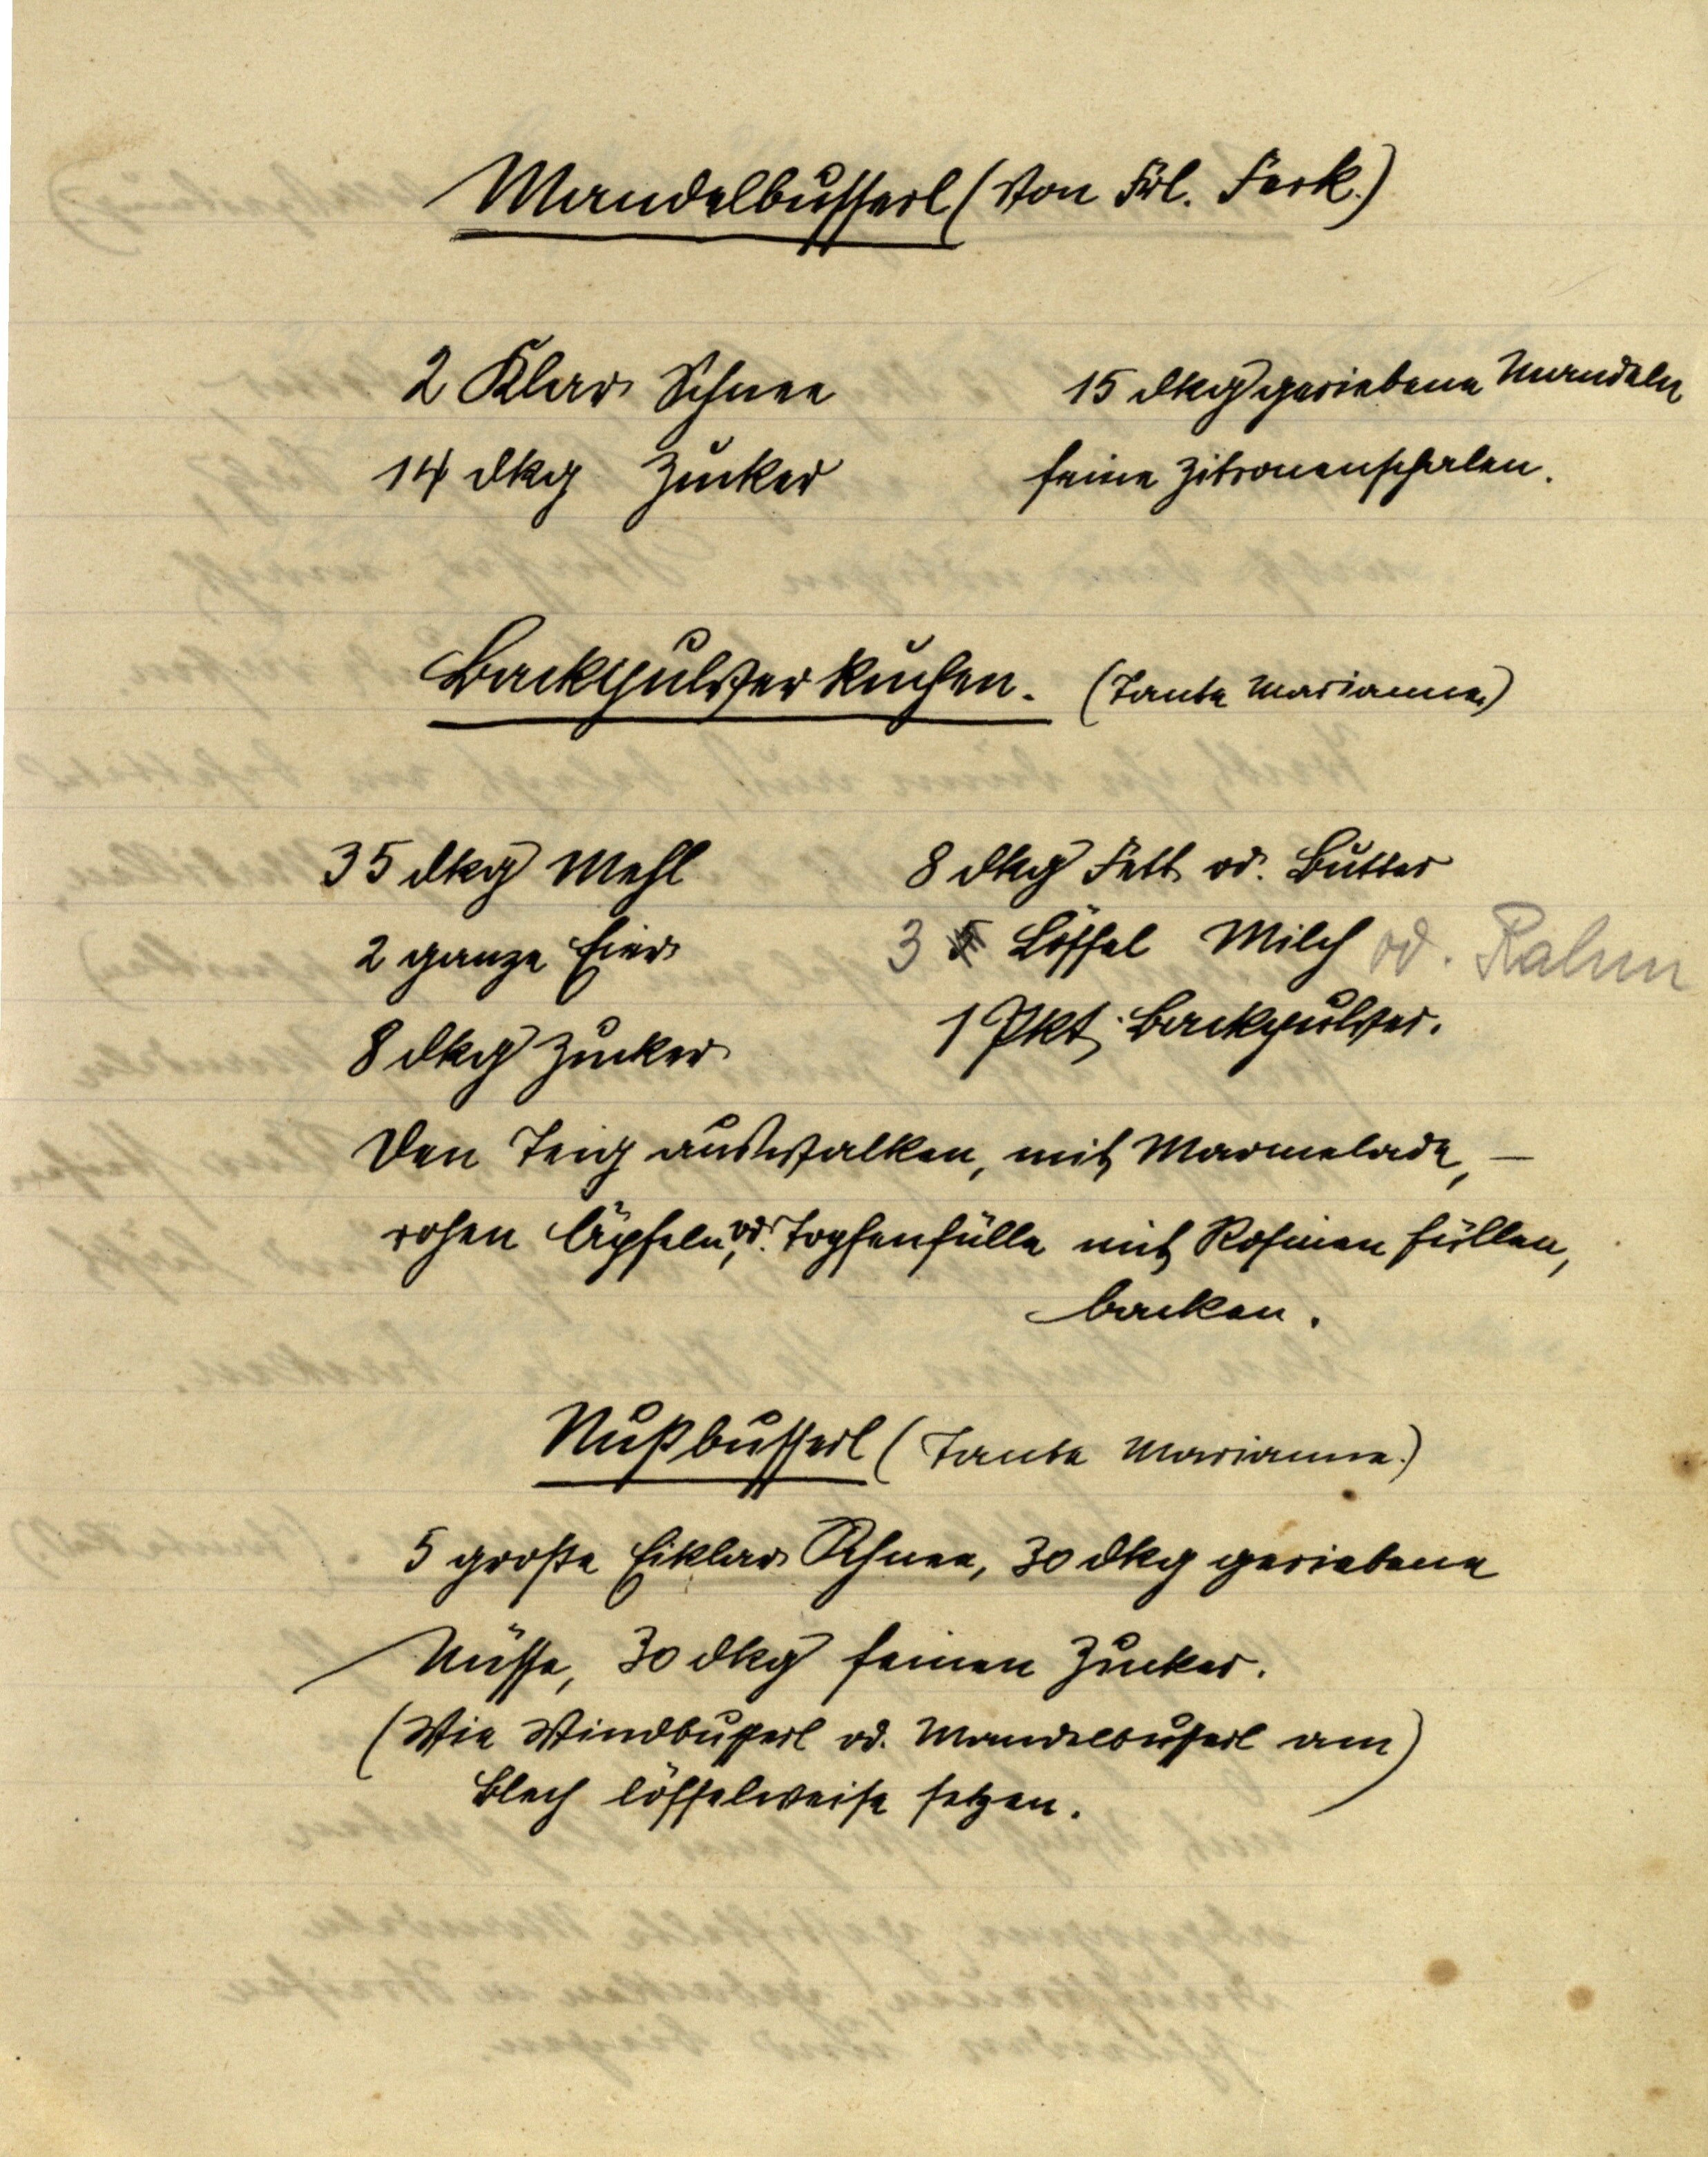
Mandelbusserl (Von Frl. Ferk.)

2 Klar Schnee
14 dkg Zucker

15 dkg geriebene Mandeln
feine Zitronenschalen

Backpulverkuchen. (Tante Marianne)

8 dkg Fett od. Butter
3 5 Löffel Milch od. Rahm
1 Pkt. Backpulver.

35 dkg Mehl
2 ganze Eier
8 dkg Zucker

Den Teig auswalken, mit Marmelade, —
rohen Äpfeln, od. Topfenfülle mit Rosinen füllen,
backen.

Nußbusserl (Tante Marianne.)
5 große Eiklar Schnee, 30 dkg geriebene
Nüsse, 30 dkg feinen Zucker.
(Wie Windbusserl od. Mandelbusserl am
Blech löffelweise setzen.)